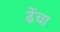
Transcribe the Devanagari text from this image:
ढेंचा